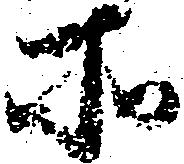
所